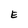
Character: E